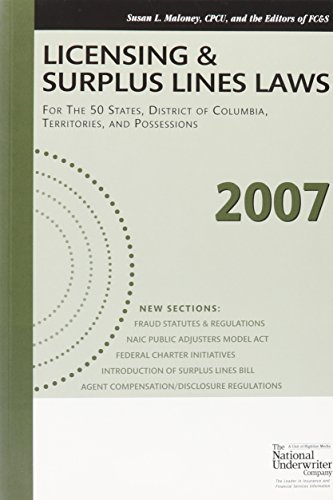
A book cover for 2007 Licensing & Surplus Lines Laws; Inhouse; Engineering & Transportation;